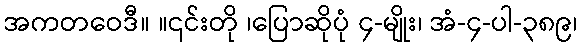
အကတဝေဒီ။ ။၎င်းတို ၊ပြောဆိုပုံ ၄-မျိုး၊ အံ-၄-ပါ-၃၈၉၊